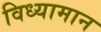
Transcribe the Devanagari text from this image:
विध्यामान